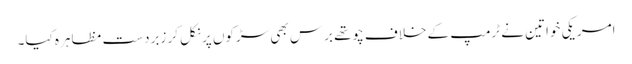
امریکی خواتین نے ٹرمپ کے خلاف چوتھے برس بھی سڑکوں پر نکل کر زبردست مظاہرہ کیا۔